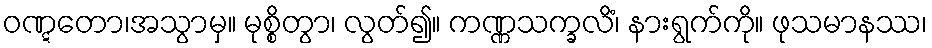
ဝဏ္ဋတော၊အသွာမှ။ မုစ္စိတွာ၊ လွတ်၍။ ကဏ္ဏသက္ခလိံ၊ နားရွက်ကို။ ဖုသမာနဿ၊